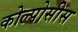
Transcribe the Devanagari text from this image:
कोल्पोसीस